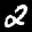
Label: 2